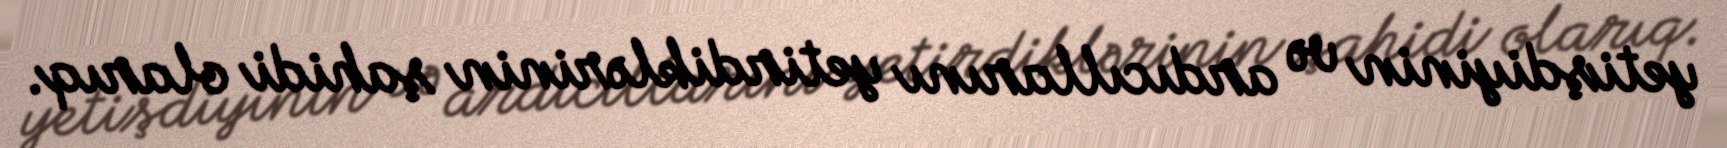
yetişdiyinin və ardıcıllarını yetirdiklərinin şahidi olarıq.